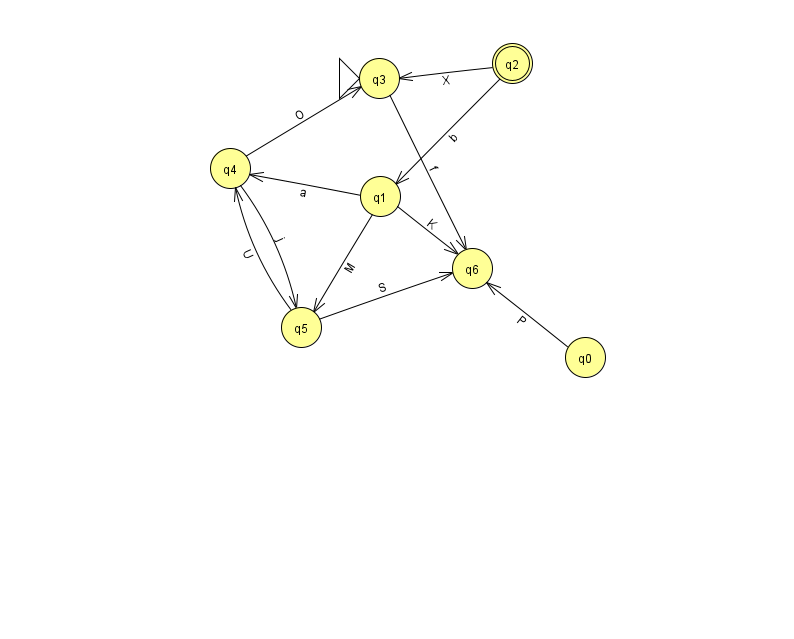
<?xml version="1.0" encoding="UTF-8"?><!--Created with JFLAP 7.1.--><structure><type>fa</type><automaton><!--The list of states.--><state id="0" name="q0"><x>585.0</x><y>344.0</y></state><state id="1" name="q1"><x>380.0</x><y>183.0</y></state><state id="2" name="q2"><x>512.0</x><y>50.0</y><final/></state><state id="3" name="q3"><x>379.0</x><y>65.0</y><initial/></state><state id="4" name="q4"><x>230.0</x><y>155.0</y></state><state id="5" name="q5"><x>301.0</x><y>314.0</y></state><state id="6" name="q6"><x>472.0</x><y>255.0</y></state><!--The list of transitions.--><transition><from>1</from><to>5</to><read>M</read></transition><transition><from>3</from><to>6</to><read>f</read></transition><transition><from>5</from><to>6</to><read>S</read></transition><transition><from>5</from><to>4</to><read>U</read></transition><transition><from>1</from><to>6</to><read>K</read></transition><transition><from>4</from><to>3</to><read>O</read></transition><transition><from>4</from><to>5</to><read>j</read></transition><transition><from>1</from><to>4</to><read>a</read></transition><transition><from>2</from><to>3</to><read>X</read></transition><transition><from>0</from><to>6</to><read>P</read></transition><transition><from>2</from><to>1</to><read>b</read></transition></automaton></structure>